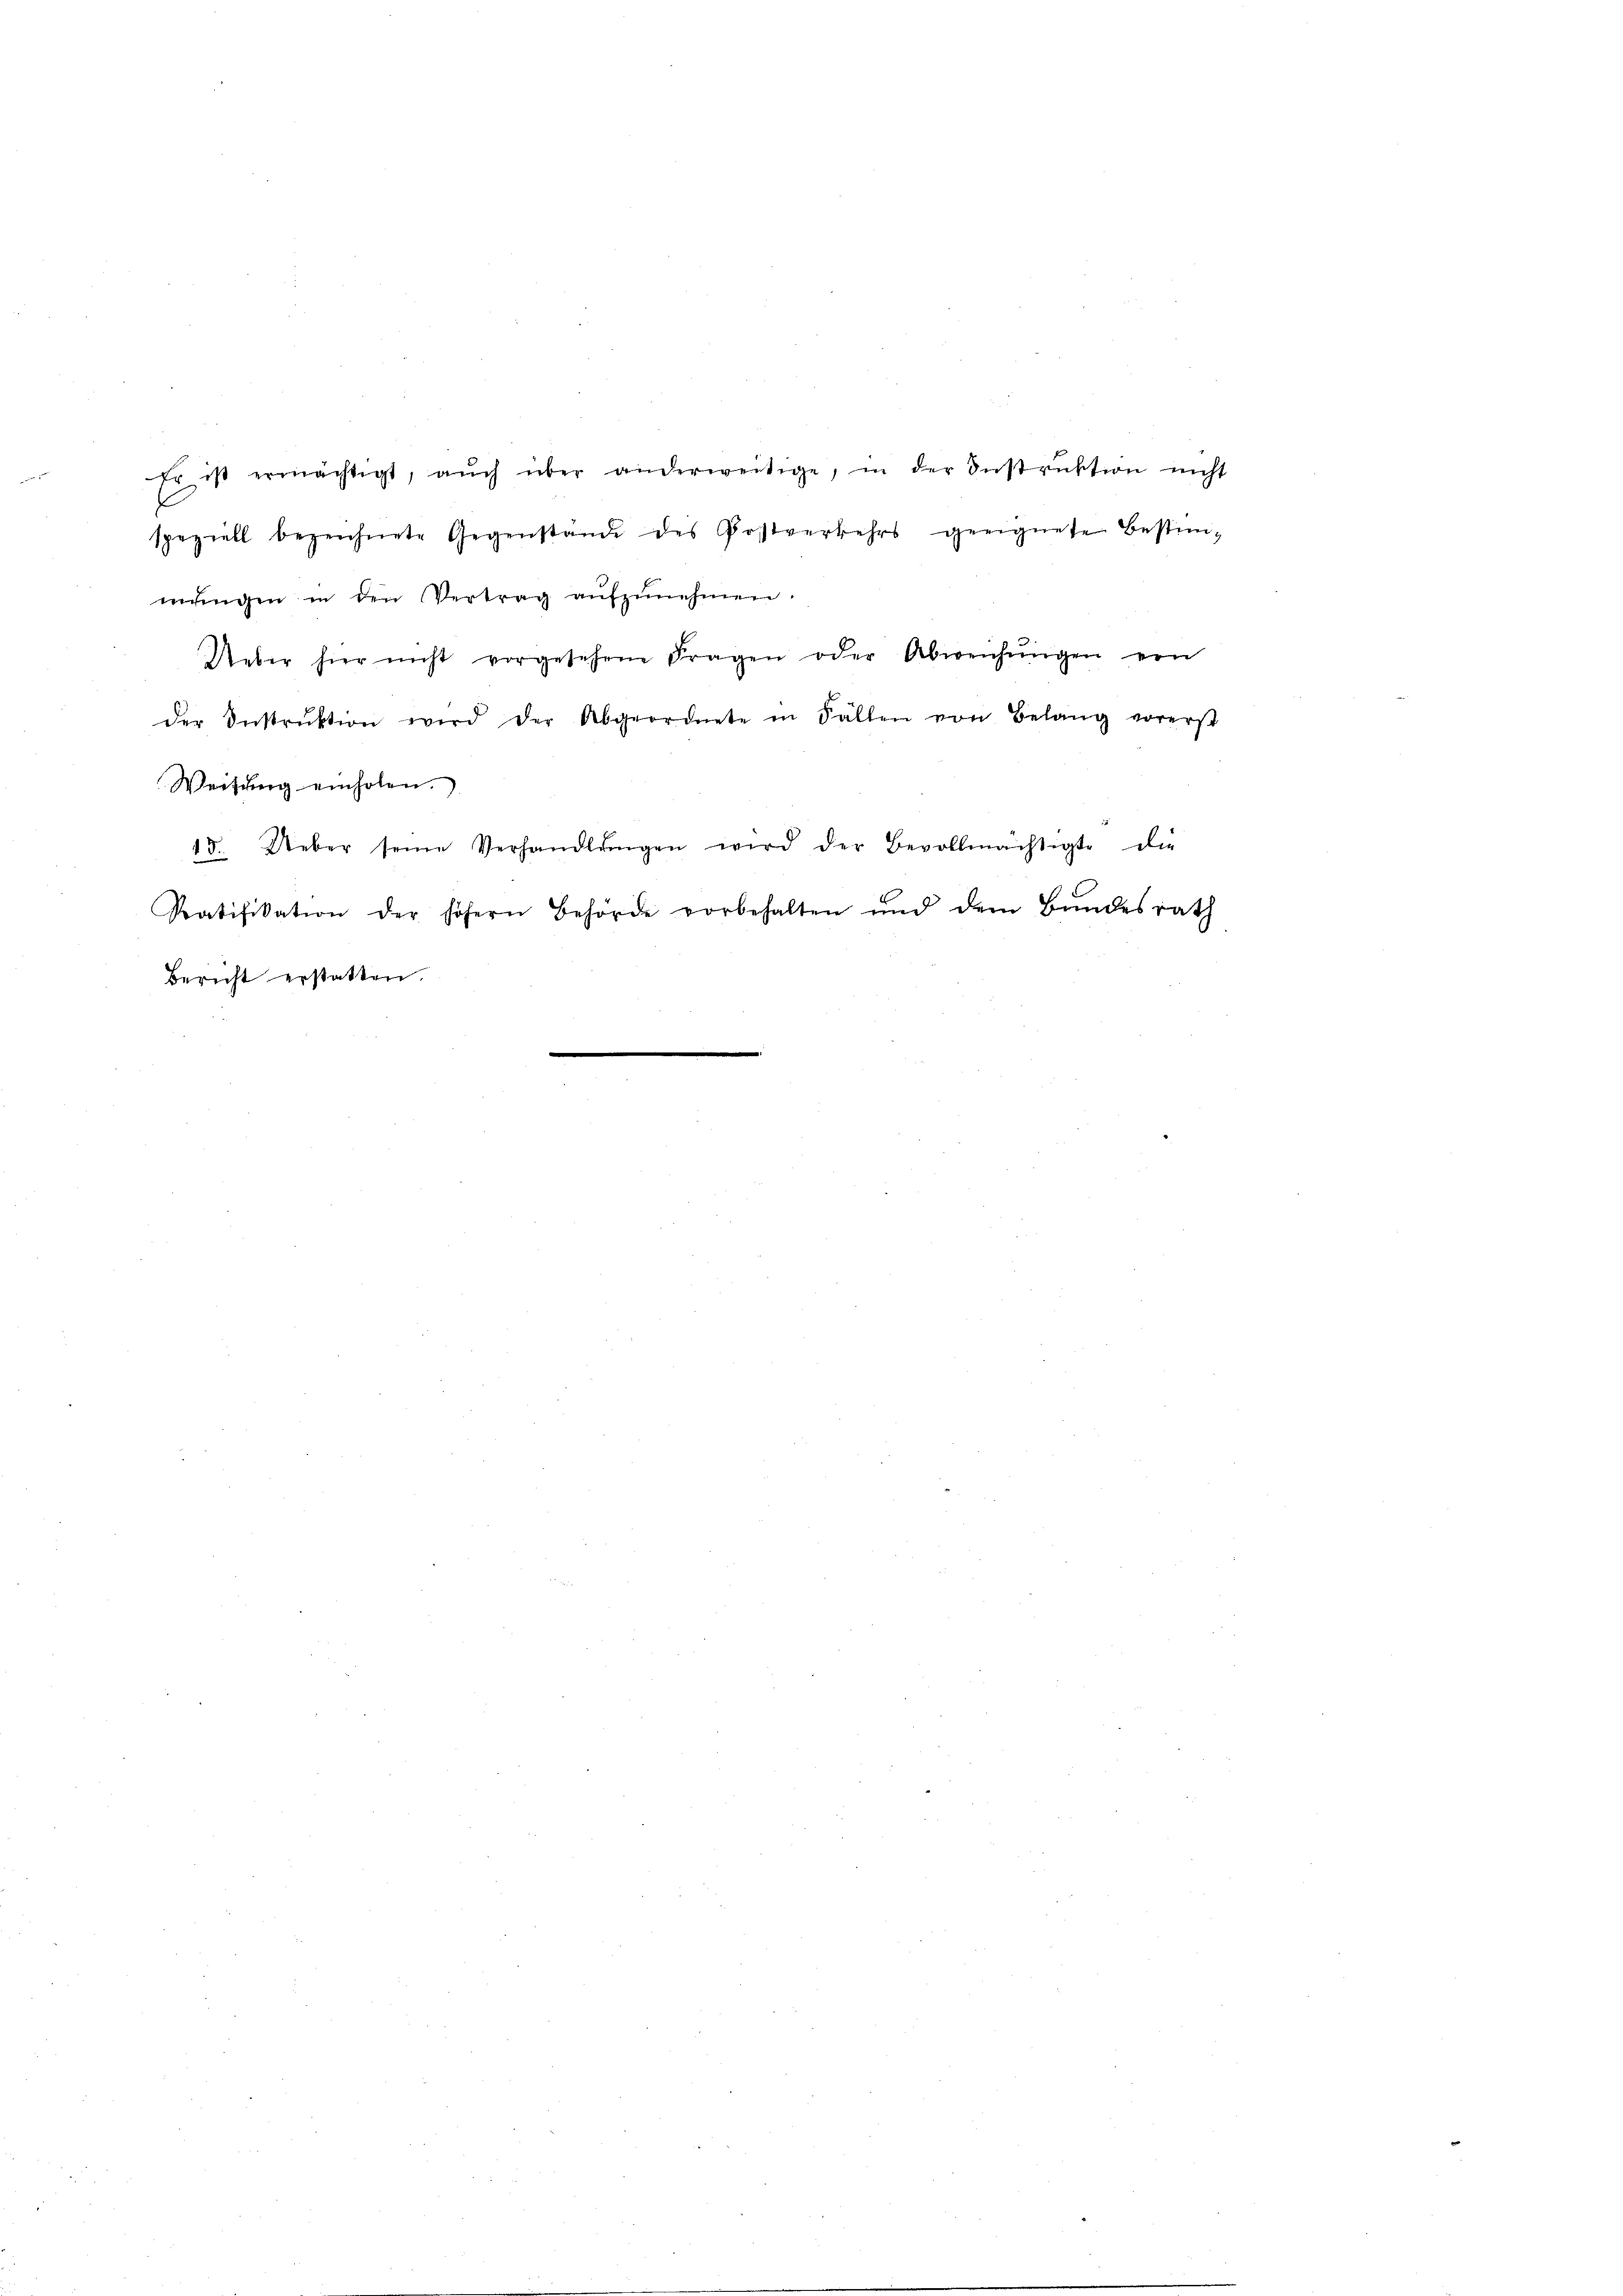
Er ist ermächtigt, aŭch über anderweitige, in der Instrŭktion nicht
ziell bezeichnete Gegenstände des Postverkehrs geeignete Bestim-
1
mŭngen in den Vertrag aŭfzŭnehmen.
Ueber hier nicht vorgesehene Fragen oder Abweichŭngen von
der Instrŭktion wird der Abgeordnete in Fällen von Belang vorerst
Weisung einholen.
15. Ueber seine Verhandlŭngen wird der Bevollmächtigte die
Ratifikation der höhern Behörde vorbehalten und dem Bundesrath
Bericht erstatten.